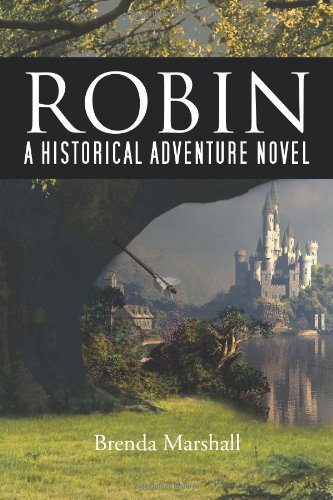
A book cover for Robin: A Historical Adventure Novel; Brenda Marshall; Literature & Fiction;